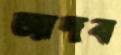
জাদব